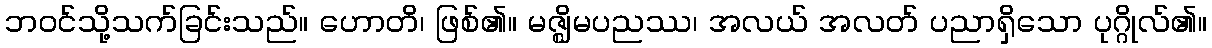
ဘဝင်သို့သက်ခြင်းသည်။ ဟောတိ၊ ဖြစ်၏။ မဇ္ဈိမပညဿ၊ အလယ် အလတ် ပညာရှိသော ပုဂ္ဂိုလ်၏။